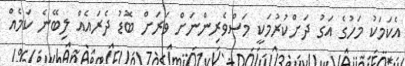
އެކަމަކު މަހުގެ އަގު ދަށްކުރުމަކީ މަސްވެރިންނަށް ވަރަށް ބޮޑު ދެރައެއް ލިބޭނެ ކަމެއް